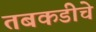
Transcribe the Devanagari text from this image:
तबकडीचे